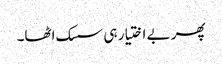
پھر بے اختیار ہی سسک اٹھا۔